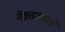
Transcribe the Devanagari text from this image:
नेत्रतज्ज्ञाने